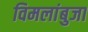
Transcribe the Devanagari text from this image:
विमलांबुजा